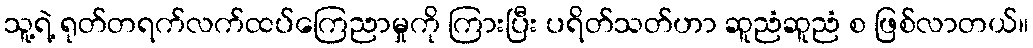
သူ့ရဲ့ ရုတ်တရက်လက်ထပ်ကြေညာမှုကို ကြားပြီး ပရိတ်သတ်ဟာ ဆူညံဆူညံ စ ဖြစ်လာတယ်။